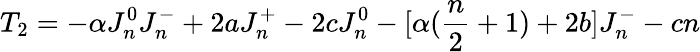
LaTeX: T_{2}=-\alpha J_{n}^{0}J_{n}^{-}+2aJ_{n}^{+}-2cJ_{n}^{0}-[\alpha({\frac{n}{2}}+1)+2b]J_{n}^{-}-cn